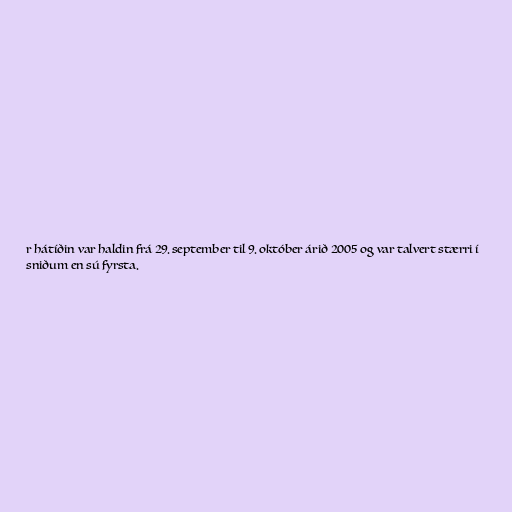
r hátíðin var haldin frá 29. september til 9. október árið 2005 og var talvert stærri í
sniðum en sú fyrsta.